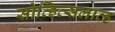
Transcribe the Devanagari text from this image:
सोव्हित्सलाव्ह